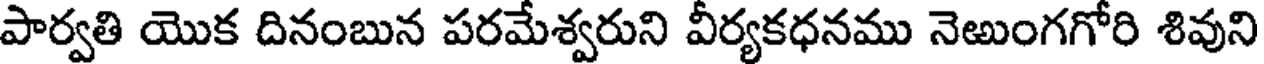
పార్వతి యొక దినంబున పరమేశ్వరుని వీర్యకధనము నెఱుంగగోరి శివుని